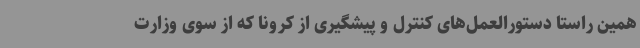
همین راستا دستورالعمل‌های کنترل و پیشگیری از کرونا که از سوی وزارت